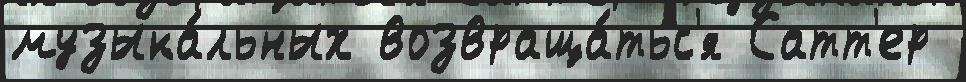
музыка́льных возвраща́тьс'я Сатт'ер